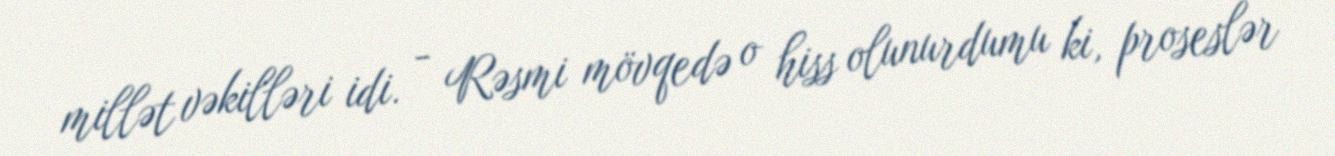
millət vəkilləri idi. - Rəsmi mövqedə o hiss olunurdumu ki, proseslər